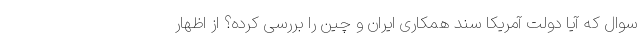
سوال که آیا دولت آمریکا سند همکاری ایران و چین را بررسی کرده؟ از اظهار